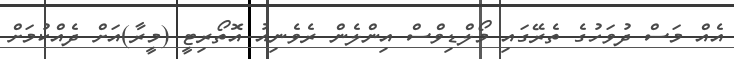
އެއް މަސް ދުވަހުގެ ތެރޭގައި މޯލްޑިވްސް އިންލެން ރެވެނިއު އޮތޯރިޓީ (މީރާ)އަށް ދެއްކުމަށް